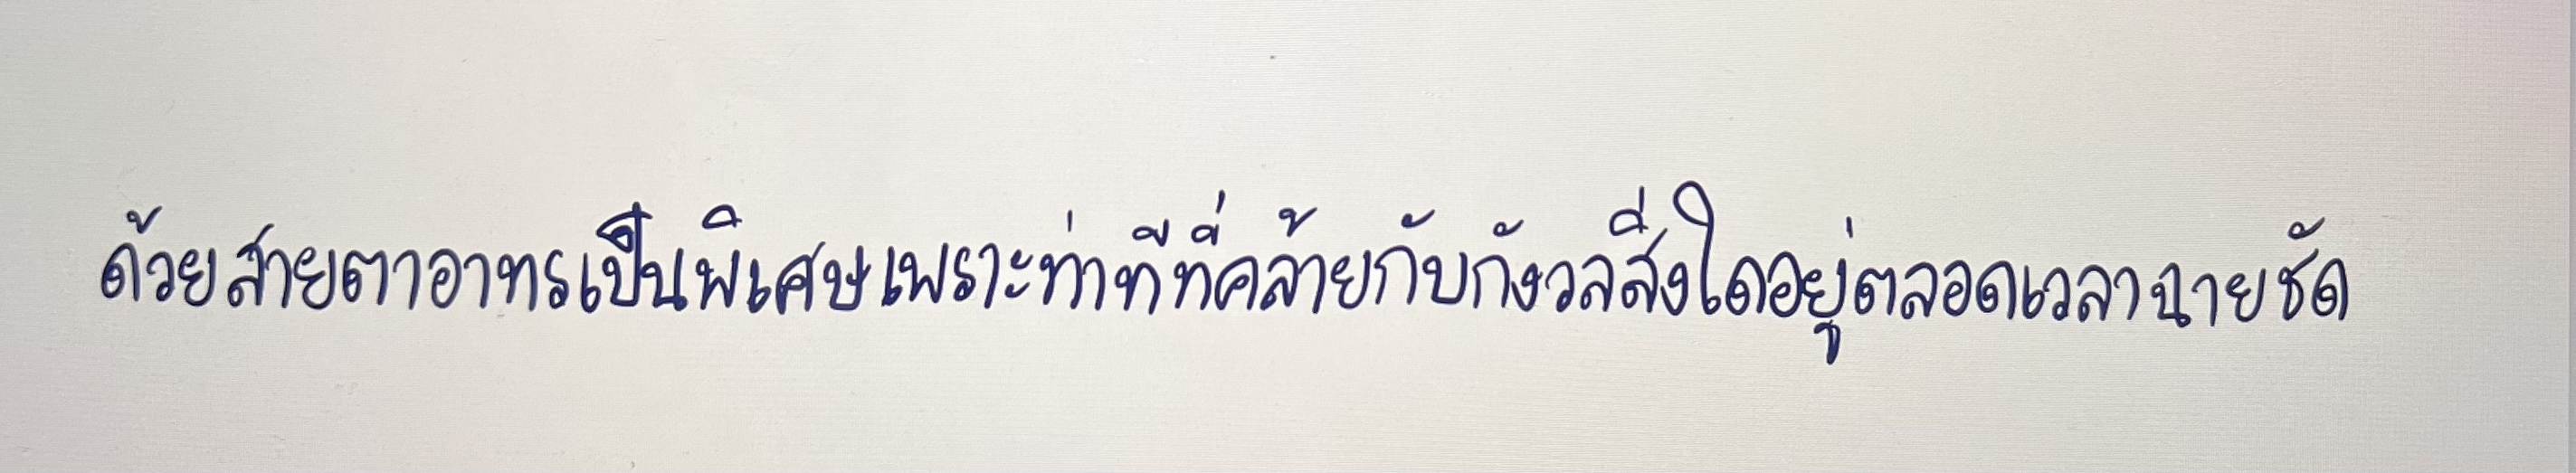
ด้วยสายตาอาทรเป็นพิเศษเพราะท่าทีที่คล้ายกับกังวลสิ่งใดอยู่ตลอดเวลาฉายชัด